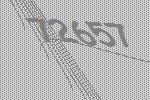
72657